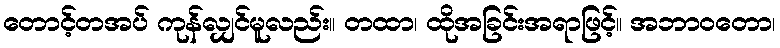
တောင့်တအပ် ကုန်လျှင်မူလည်း။ တထာ၊ ထိုအခြင်းအရာဖြင့်။ အဘာဝတော၊